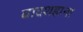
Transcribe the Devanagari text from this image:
बादशहाना